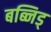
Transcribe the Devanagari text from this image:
बब्निड्